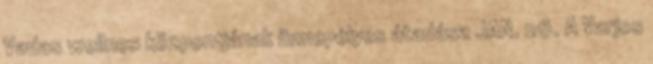
Vadas wellnes központjának ünnepélyes átadása JAN. 26. A Varjos